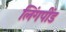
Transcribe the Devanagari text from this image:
लिंगपींड